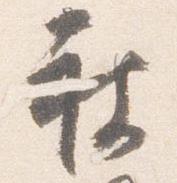
被